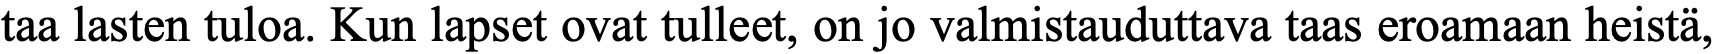
taa lasten tuloa. Kun lapset ovat tulleet, on jo valmistauduttava taas eroamaan heistä,